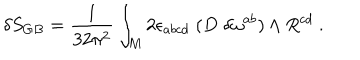
LaTeX: \delta S _ { G B } = { \frac { 1 } { 3 2 \pi ^ { 2 } } } \int _ { M } 2 \epsilon _ { a b c d } \; ( D \; \delta \omega ^ { a b } ) \wedge R ^ { c d } \ .